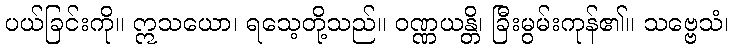
ပယ်ခြင်းကို။ ဣသယော၊ ရသေ့တို့သည်။ ဝဏ္ဏယန္တိ၊ ခြီးမွမ်းကုန်၏။ သဗ္ဗေသံ၊